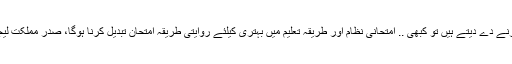
جن لوگوں کو ترقی کی سوجھ بوجھ نہیں وہ ملک میں ترقی کا راستہ روکنا چاہتے ہیں، کبھی دھرنے دے دیتے ہیں تو کبھی .. امتحانی نظام اور طریقہ تعلیم میں بہتری کیلئے روایتی طریقہ امتحان تبدیل کرنا ہوگا، صدر مملکت لیجنڈ بھارتی اداکار امیتابھ بچن اور جیا بچن کے درمیان اختلافات ‘ الگ الگ گھر میں رہ رہے ہیں۔